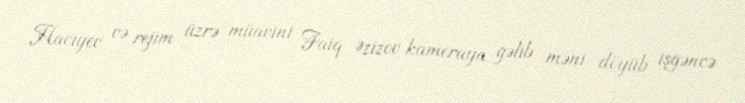
Hacıyev və rejim üzrə müavini Faiq Əzizov kameraya gəlib məni döyüb işgəncə